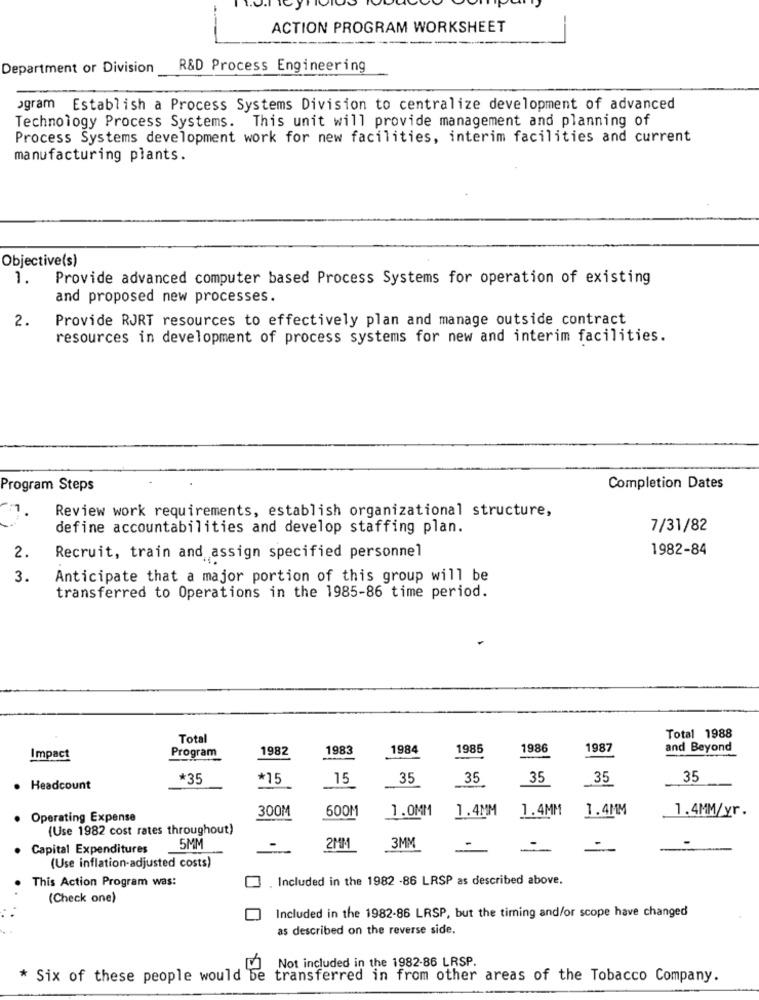
ACTION PROGRAM WORKSHEET
Department or Division R&D Process Engineering
ogram Establish a Process Systems Division to centralize development of advanced
Technology Process Systems. This unit will provide management and planning of
Process Systems development work for new facilities, interim facilities and current
manufacturing plants.
Objective(s)
1. Provide advanced computer based Process Systems for operation of existing
and proposed new processes.
2.
Provide RJRT resources to effectively plan and manage outside contract
resources in development of process systems for new and interim facilities.
Program Steps
Completion Dates
Review work requirements, establish organizational structure,
define accountabilities and develop staffing plan.
7/31/82
1982-84
2.
Recruit, train and assign specified personnel
3.
Anticipate that a major portion of this group will be
transferred to Operations in the 1985-86 time period.
Total
Total 1988
1982
1983
1984
1985
1986
1987
and Beyond
Impact
Program
*35
*15
15
35
35
35
35
35
. Headcount
300M
600M
1.0MM
1.4MM
1.4MM
1.4MM
1.4MM/yr.
. Operating Expense
(Use 1982 cost rates throughout)
3MM
Capital Expenditures
5MM
2MM
(Use inflation-adjusted costs)
This Action Program was:
. Included in the 1982 -86 LRSP as described above.
(Check one)
Included in the 1982-86 LRSP, but the timing and/or scope have changed
as described on the reverse side.
Not included in the 1982-86 LRSP.
* Six of these people would be
transferred in from other areas of the Tobacco Company.